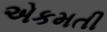
એકમતી